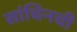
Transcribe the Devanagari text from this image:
सांचिनची